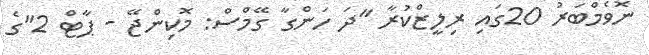
ނޮވެމްބަރު 20ގައި ރިލީޒްކުރާ "ދަ ހަންގާ ގޭމްސް: މޮކިންޖޭ - ޕާޓް 2"ގެ